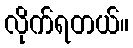
လိုက်ရတယ်။